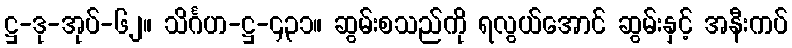
ဋ္ဌ-ဒု-အုပ်-၆၂။ သိင်္ဂဟ-ဋ္ဌ-၄၃၁။ ဆွမ်းစသည်ကို ရလွယ်အောင် ဆွမ်းနှင့် အနီးကပ်